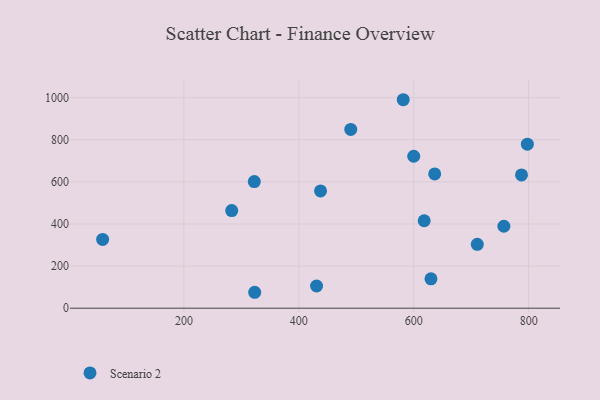
{"axis": {"x": "Speed", "y": "Salary"}, "legend": ["Scenario 2"], "data": [{"x": "618.2", "y": 415.4, "type": "Scenario 2"}, {"x": "787.6", "y": 632.9, "type": "Scenario 2"}, {"x": "630.0", "y": 139.3, "type": "Scenario 2"}, {"x": "58.5", "y": 326.8, "type": "Scenario 2"}, {"x": "430.9", "y": 105.4, "type": "Scenario 2"}, {"x": "756.9", "y": 389.3, "type": "Scenario 2"}, {"x": "283.2", "y": 463.9, "type": "Scenario 2"}, {"x": "581.7", "y": 990.4, "type": "Scenario 2"}, {"x": "710.6", "y": 303.2, "type": "Scenario 2"}, {"x": "437.8", "y": 556.9, "type": "Scenario 2"}, {"x": "323.2", "y": 75.6, "type": "Scenario 2"}, {"x": "490.4", "y": 849.4, "type": "Scenario 2"}, {"x": "600.0", "y": 721.8, "type": "Scenario 2"}, {"x": "322.5", "y": 601.4, "type": "Scenario 2"}, {"x": "636.5", "y": 638.0, "type": "Scenario 2"}, {"x": "797.8", "y": 779.1, "type": "Scenario 2"}]}